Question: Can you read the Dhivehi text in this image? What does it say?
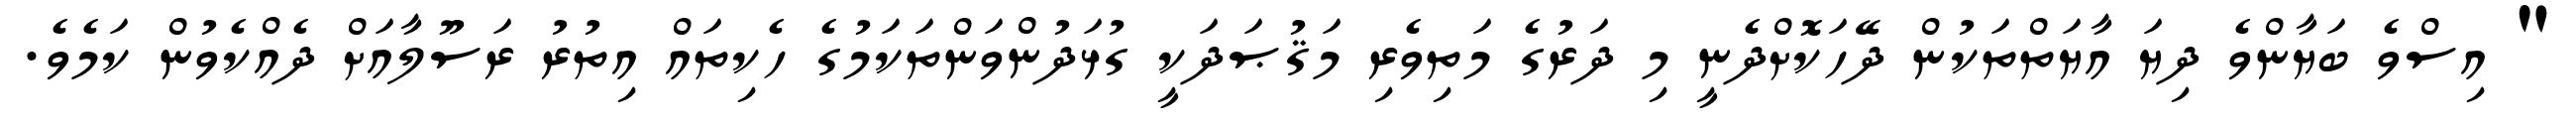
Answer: " އިސްވެ ބަޔާންވެ ދިޔަ އާޔަތްތަކުން ދޭހަކޮށްދެނީ މި ދަރުގެ މަތިވެރި މަޤުޞަދަކީ ގުޅަދުންވަންތަކަމުގެ ހެކިތައް އިތުރު ރަސޫލާއަށް ދެއްކެވުން ކަމެވެ.